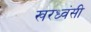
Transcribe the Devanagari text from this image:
खरध्वंसी